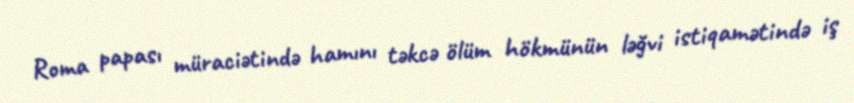
Roma papası müraciətində hamını təkcə ölüm hökmünün ləğvi istiqamətində iş